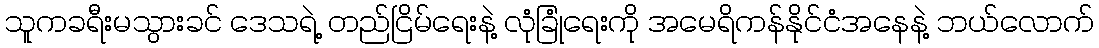
သူကခရီးမသွားခင် ဒေသရဲ့ တည်ငြိမ်ရေးနဲ့ လုံခြုံရေးကို အမေရိကန်နိုင်ငံအနေနဲ့ ဘယ်လောက်